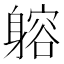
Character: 𨉷